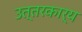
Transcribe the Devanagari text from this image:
उत्तरकार्य